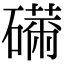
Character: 𥕾